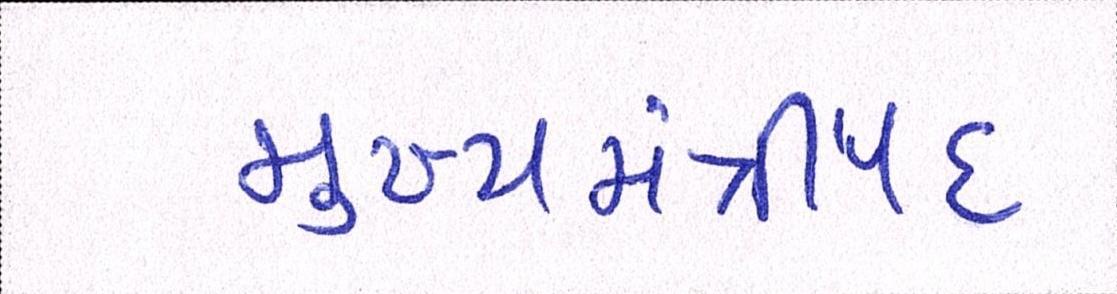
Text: મુખ્યમંત્રીપદ